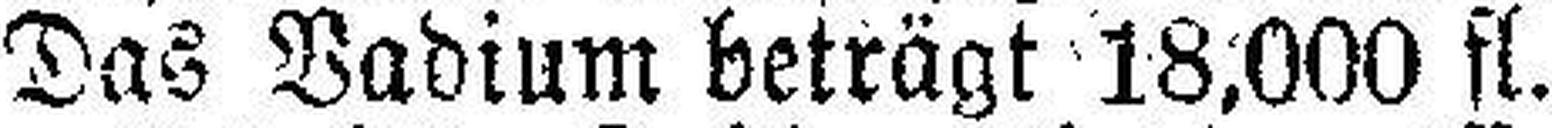
Das Vadium beträgt 18,000 fl.